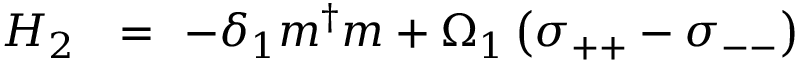
\begin{array} { r l r } { H _ { 2 } \! \! } & { { } = } & { \! \! - \delta _ { 1 } m ^ { \dag } m + \Omega _ { 1 } \left( \sigma _ { + + } - \sigma _ { -- } \right) } \end{array}